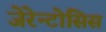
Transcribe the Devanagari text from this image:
जेरेन्टोसिस